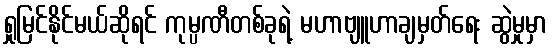
ရှုမြင်နိုင်မယ်ဆိုရင် ကုမ္ပဏီတစ်ခုရဲ့ မဟာဗျူဟာချမှတ်ရေး ဆွဲမှုမှာ